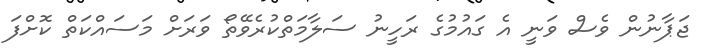
ޖަޕާނުން ވެސް ވަނީ އެ ގައުމުގެ ރަހީނު ސަލާމަތްކުރެވޭތޯ ވަރަށް މަސައްކަތް ކޮށްފަ